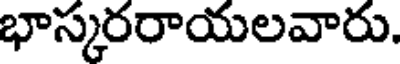
భాస్కరరాయలవారు.